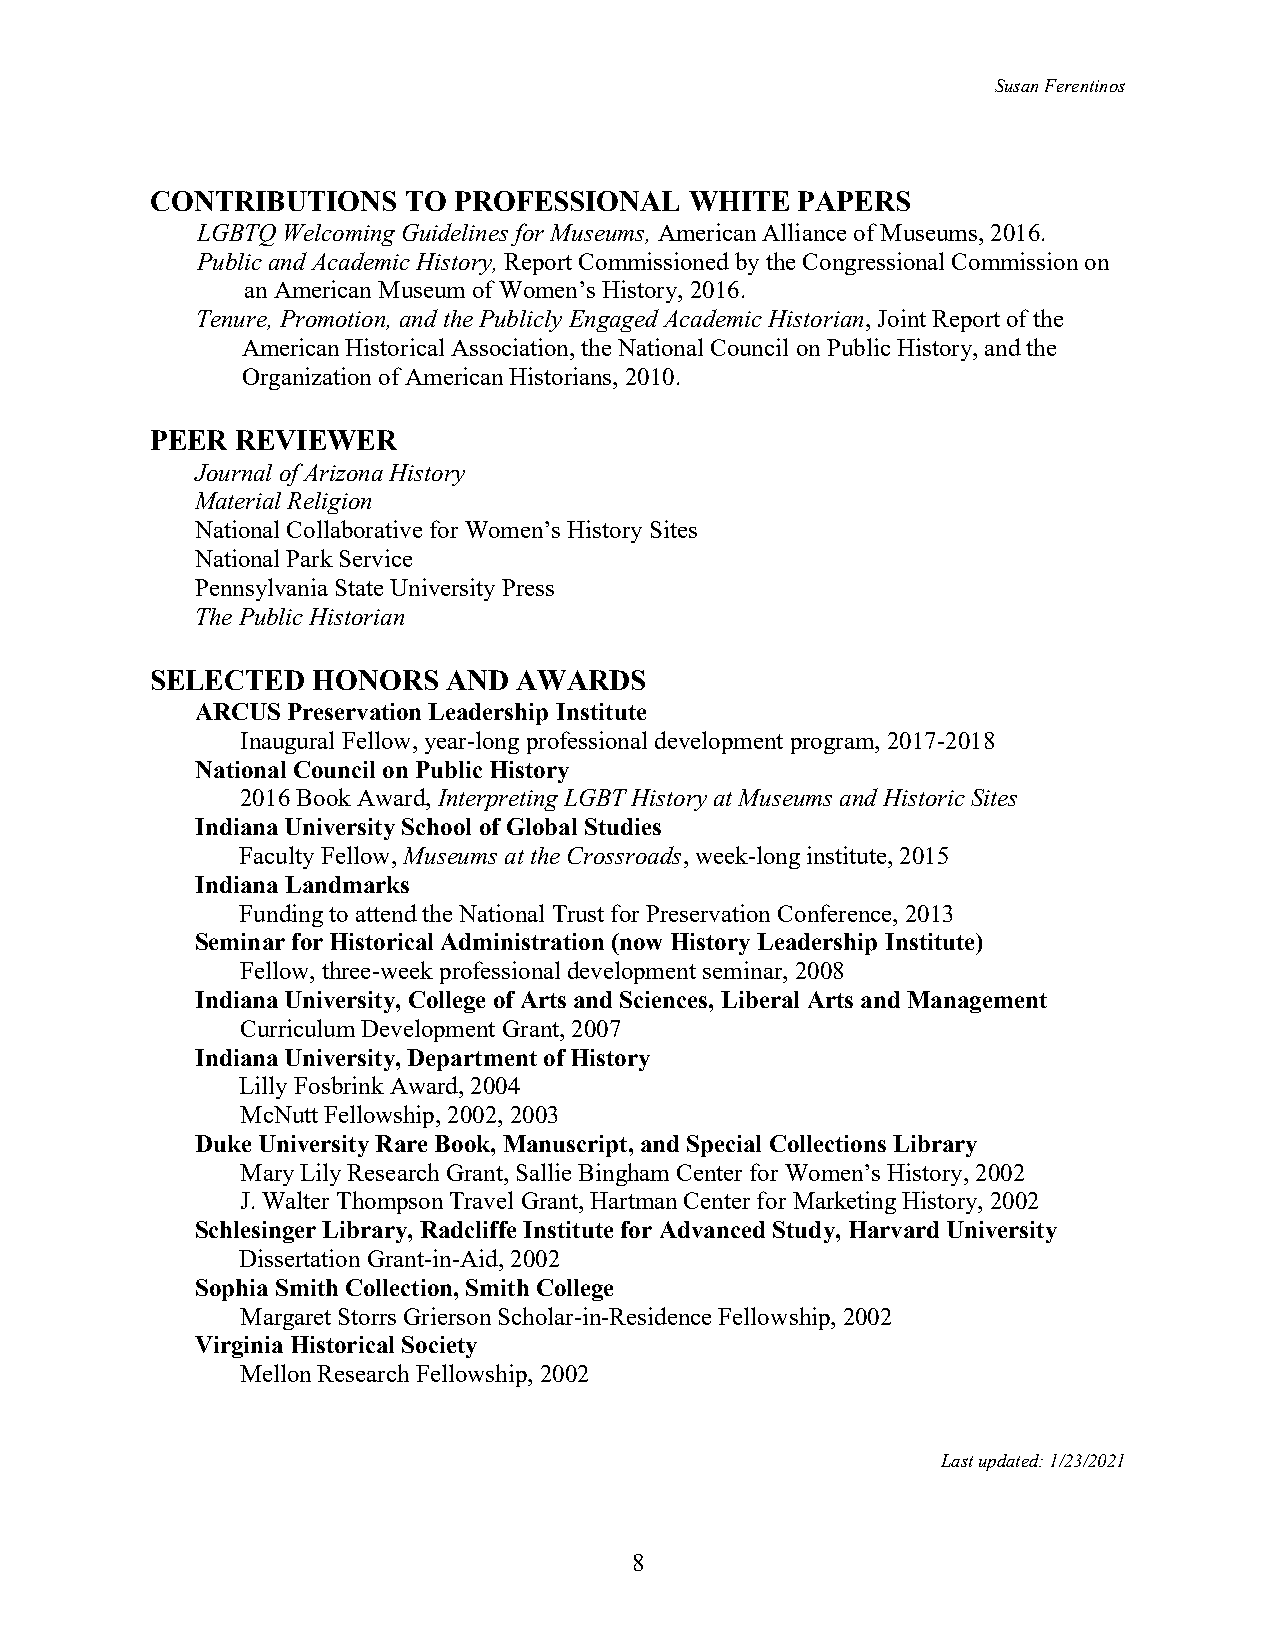
Susan Ferentinos
 CONTRIBUTIONS    TO PROFESSIONAL    WHITE  PAPERS
 LGBTQ Welcoming Guidelines for Museums, American Alliance of Museums, 2016.
 Public and Academic History, Report Commissioned by the Congressional Commission on
 an American Museum of Women’s History, 2016.
 Tenure, Promotion, and the Publicly Engaged Academic Historian, Joint Report of the
 American Historical Association, the National Council on Public History, and the
 Organization of American Historians, 2010.
 PEER  REVIEWER
 Journal of Arizona History
 Material Religion
 National Collaborative for Women’s History Sites
 National Park Service
 Pennsylvania State University Press
 The Public Historian
 SELECTED   HONORS   AND AWARDS
 ARCUS Preservation Leadership Institute
 Inaugural Fellow, year-long professional development program, 2017-2018
 National Council on Public History
 2016 Book Award, Interpreting LGBT History at Museums and Historic Sites
 Indiana University School of Global Studies
 Faculty Fellow, Museums at the Crossroads, week-long institute, 2015
 Indiana Landmarks
 Funding to attend the National Trust for Preservation Conference, 2013
 Seminar for Historical Administration (now History Leadership Institute)
 Fellow, three-week professional development seminar, 2008
 Indiana University, College of Arts and Sciences, Liberal Arts and Management
 Curriculum Development Grant, 2007
 Indiana University, Department of History
 Lilly Fosbrink Award, 2004
 McNutt Fellowship, 2002, 2003
 Duke University Rare Book, Manuscript, and Special Collections Library
 Mary Lily Research Grant, Sallie Bingham Center for Women’s History, 2002
 J. Walter Thompson Travel Grant, Hartman Center for Marketing History, 2002
 Schlesinger Library, Radcliffe Institute for Advanced Study, Harvard University
 Dissertation Grant-in-Aid, 2002
 Sophia Smith Collection, Smith College
 Margaret Storrs Grierson Scholar-in-Residence Fellowship, 2002
 Virginia Historical Society
 Mellon Research Fellowship, 2002
 Last updated: 1/23/2021
 8